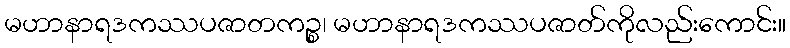
မဟာနာရဒကဿပဇာတကဉ္စ၊ မဟာနာရဒကဿပဇာတ်ကိုလည်းကောင်း။